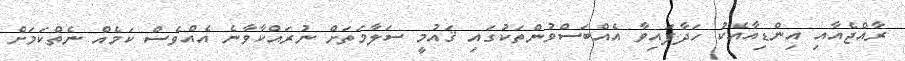
ރާއްޖެއާއި އިންޑިއާއެކު ހަދާފައިވާ އެއްބަސްވުންތަކުގައި ޤައުމީ ސަލާމަތަށް ނުރައްކާވާނެ އެއްވެސް ކަމެއް ނެތްކަމަށް